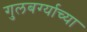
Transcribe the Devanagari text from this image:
गुलबर्ग्याच्या